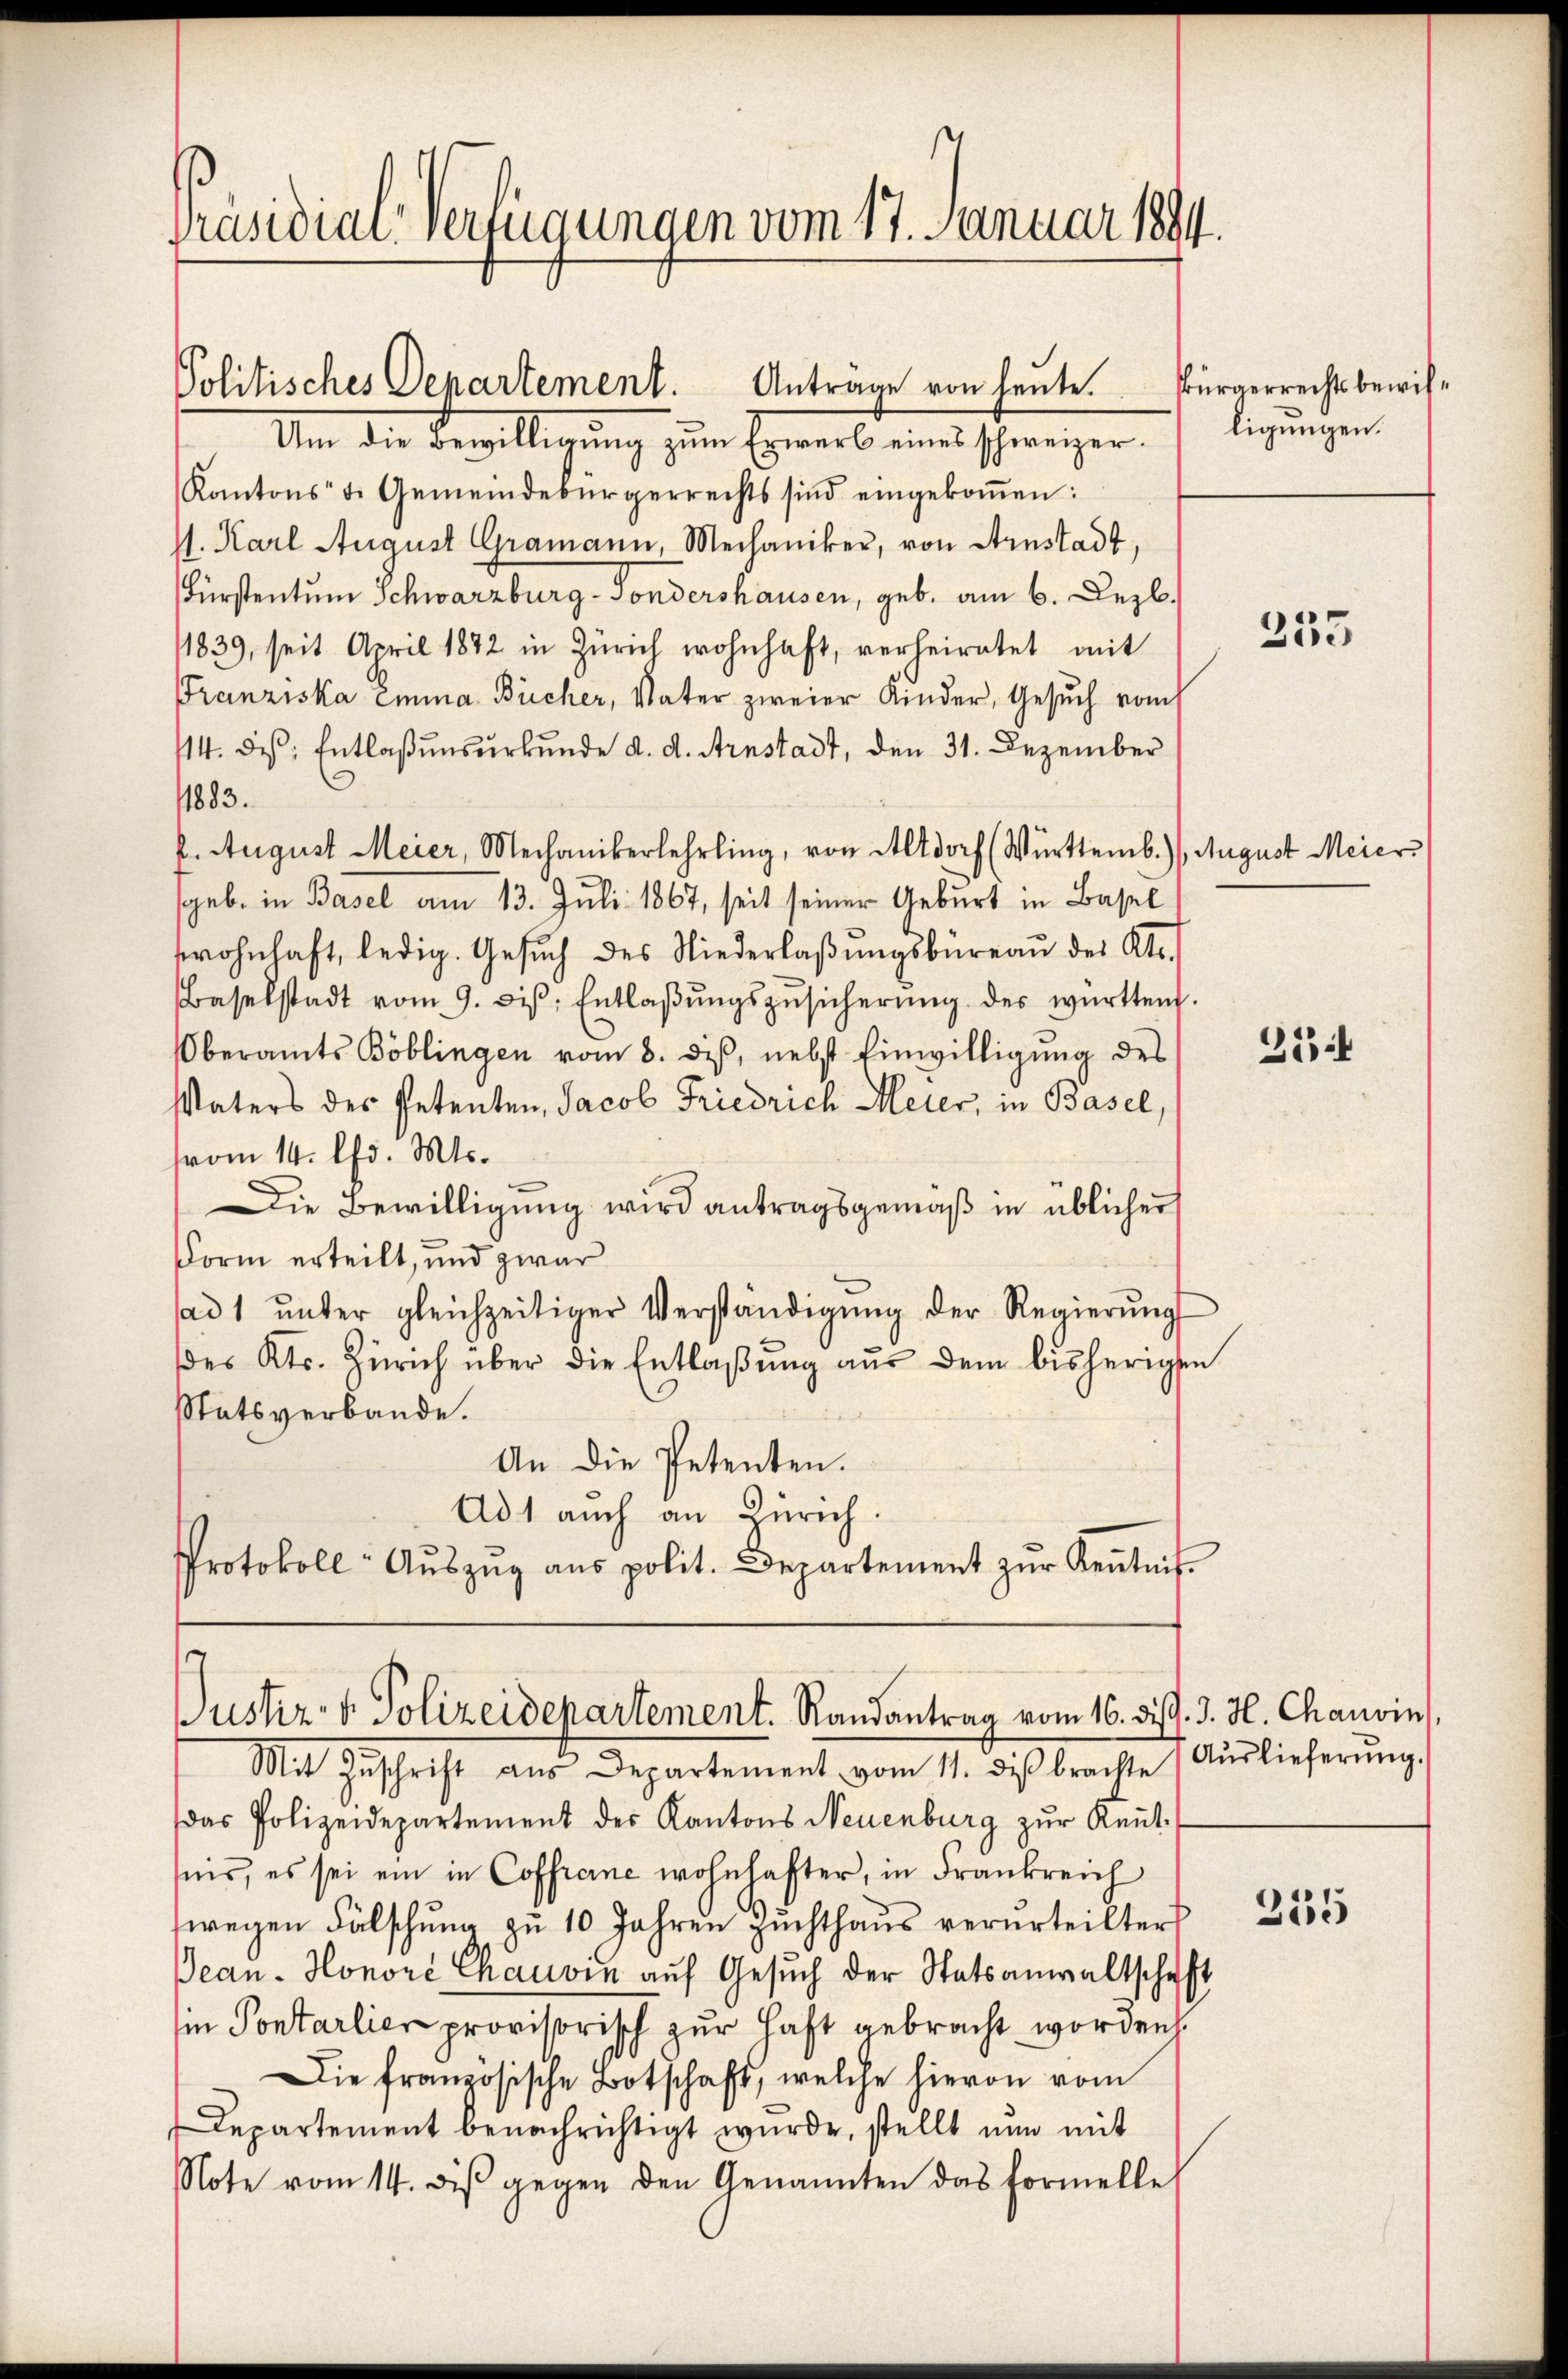
Präsidialverfügungen vom 17. Januar 1894.

Um die Bewilligung zum Erwerb eines schweizer. ligungen
Kantons d. Gemeindebürgerrechts sind eingekoṁen:
s. Karl August Gramann, Mechaniker, von Arnstadt,
Fürstentum Schwarzburg-Sondershausen, geb. am 6. Dezb.
11839, seit April 1872 in Zürich wohnhaft, verheiratet mit
Franziska Emma Bücher, Vater zweier Kinder, Gesuch vom
114. Des: Entlaßensurkunde d. d. Arnstadt, den 31. Dezember
11883.
E. August Meier, Mechanikerlehrling, von Altdorf (Württemb.), August Meier
sgeb. in Basel am 13. Juli 1867, seit seiner Geburt in Basel
wohnhaft, ledig. Gesŭch des Niederlaβŭngsbüreaŭ des Kts.
Baselstadt vom 9. ds. Entlaβŭngszŭsicherŭng des württen.
Oberamts Böblingen vom 8. diβ, nebst Einwilligŭng des
Vaters des Petenten, Jacob Friedrich Meier, in Basel,
vom 14. Chr. Mts.
Die Bewilligung wird antragsgemäß in üblicher
Form erteilt, und zwar
ad1 ŭnter gleichzeitiger Verständigŭng der Regierŭng
des Kts. Zürich über die Entlaßung aus dem bisherigen
Statsverbande.
An die Petenten.
Ad 1 auch an Zürich.
Protokoll- Aŭszŭg aŭs polit. Departement zŭr Kenntnis-

Anträge von heute.
Politisches Departement.

Justiz- & Polizeidepartement. Randantrag vom 16. Diss. J. H. Chauvin

Bürgerrechtsbewil¬

Mit Zŭschrift aus Departement vom 11. des brachte (Aŭslieferŭng.
das Polizeidepartement des Kantons Neuenburg zŭr Keṅt-
nis, es sei ein in Coffrene wohnhafter, in Frankreich
wegen Fälschŭng zu 10 Jahren Zŭchthaŭs verurteilter
Bean. Honore Chauvin aŭf Gesŭch der Statsanwaltschaft
in Pontarlier provisorisch zur Haft gebracht worden.
Die französische Botschaft, welche hievon vom
Departement benachrichtigt wurde, stellt nun mit
Note vom 14. diβ gegen den Genannten das Formelle

255

31

355